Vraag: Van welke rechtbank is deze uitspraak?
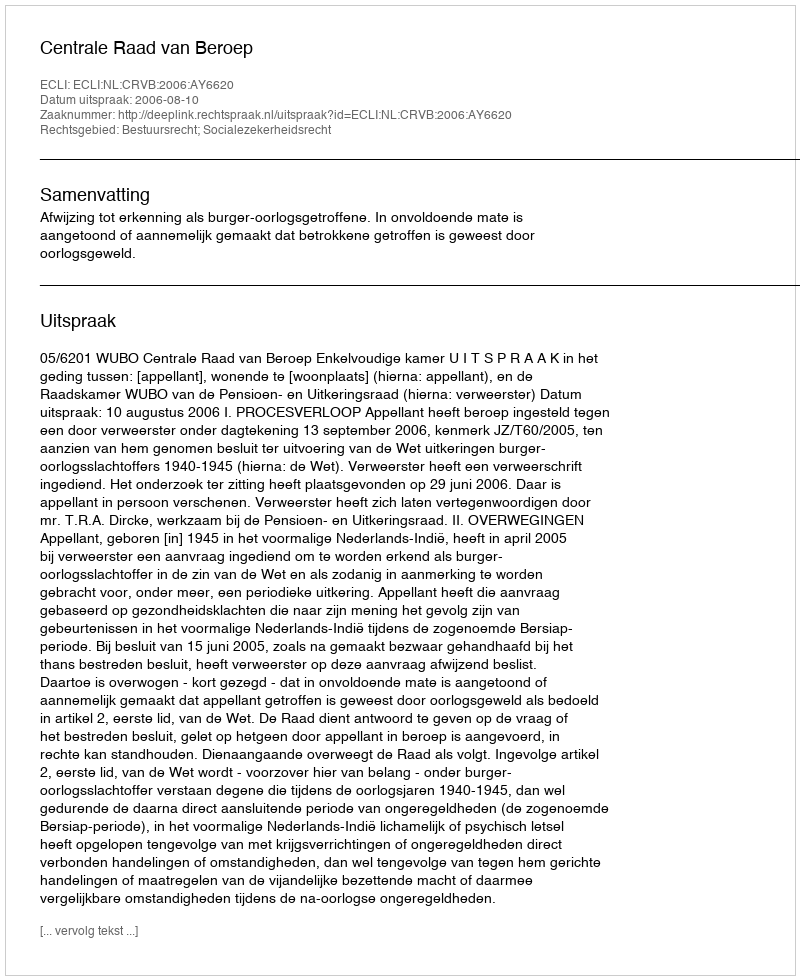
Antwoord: Centrale Raad van Beroep